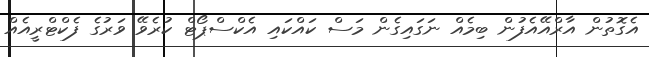
އެގޮތުން އާރްއޭއެފުން ބިމެއް ނަގައިގެން މަސް ކައްކައި އެކްސްޕޯޓް ކުރެވޭ ވަރުގެ ފެކްޓްރީއެއް